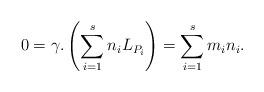
LaTeX: \begin{align*} 0 = \gamma . \left( \sum_{i = 1}^s n_i L_{P_i} \right) = \sum_{i = 1}^s m_i n_i.\end{align*}